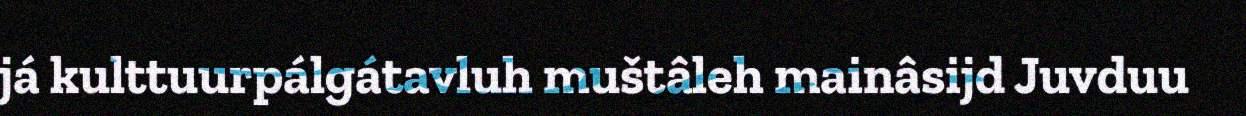
já kulttuurpálgátavluh muštâleh mainâsijd Juvduu